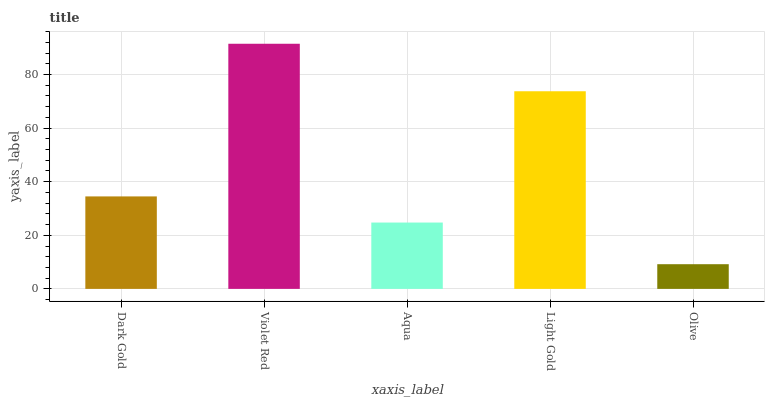
| xaxis_label | bars |
 | --- | --- |
 | Dark Gold | 34.5 |
 | Violet Red | 91.5 |
 | Aqua | 24.8 |
 | Light Gold | 73.8 |
 | Olive | 9.22 |